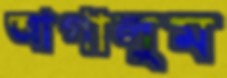
আগালুম